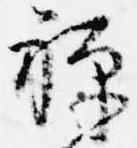
禅